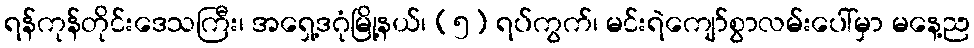
ရန်ကုန်တိုင်းဒေသကြီး၊ အရှေ့ဒဂုံမြို့နယ်၊ (၅) ရပ်ကွက်၊ မင်းရဲကျော်စွာလမ်းပေါ်မှာ မနေ့ည